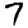
Digit: 7